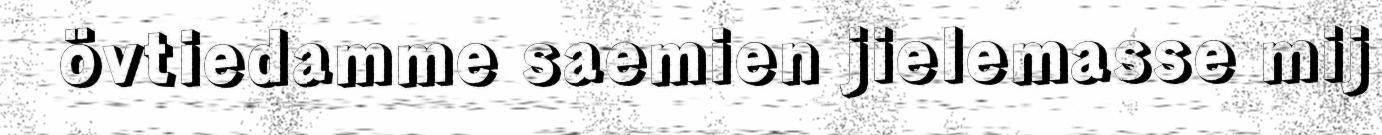
övtiedamme saemien jielemasse mij